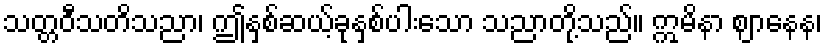
သတ္တဝီသတိသညာ၊ ဤနှစ်ဆယ့်ခုနှစ်ပါးသော သညာတို့သည်။ ဣမိနာ ဈာနေန၊